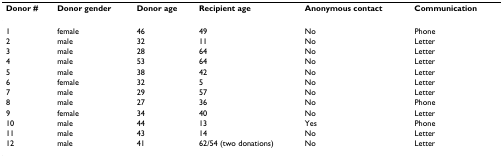
<table><thead><tr><td><b>Donor #</b></td><td><b>Donor gender</b></td><td><b>Donor age</b></td><td><b>Recipient age</b></td><td><b>Anonymous contact</b></td><td><b>Communication</b></td></tr></thead><tbody><tr><td>1</td><td>female</td><td>46</td><td>49</td><td>No</td><td>Phone</td></tr><tr><td>2</td><td>male</td><td>32</td><td>11</td><td>No</td><td>Letter</td></tr><tr><td>3</td><td>male</td><td>28</td><td>64</td><td>No</td><td>Letter</td></tr><tr><td>4</td><td>male</td><td>53</td><td>64</td><td>No</td><td>Letter</td></tr><tr><td>5</td><td>male</td><td>38</td><td>42</td><td>No</td><td>Letter</td></tr><tr><td>6</td><td>female</td><td>32</td><td>5</td><td>No</td><td>Letter</td></tr><tr><td>7</td><td>male</td><td>29</td><td>57</td><td>No</td><td>Letter</td></tr><tr><td>8</td><td>male</td><td>27</td><td>36</td><td>No</td><td>Phone</td></tr><tr><td>9</td><td>female</td><td>34</td><td>40</td><td>No</td><td>Letter</td></tr><tr><td>10</td><td>male</td><td>44</td><td>13</td><td>Yes</td><td>Phone</td></tr><tr><td>11</td><td>male</td><td>43</td><td>14</td><td>No</td><td>Letter</td></tr><tr><td>12</td><td>male</td><td>41</td><td>62/54 (two donations)</td><td>No</td><td>Letter</td></tr></tbody></table>